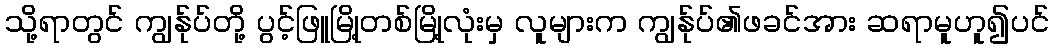
သို့ရာတွင် ကျွန်ုပ်တို့ ပွင့်ဖြူမြို့တစ်မြို့လုံးမှ လူများက ကျွန်ုပ်၏ဖခင်အား ဆရာမူဟူ၍ပင်